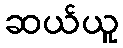
ဆယ်ယူ